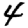
Digit: 4